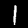
Label: 1